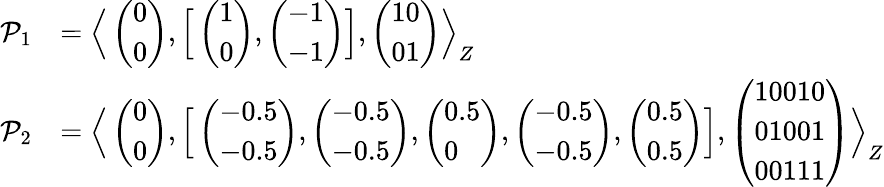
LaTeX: \begin{array}{rl}{\mathcal{P}_{1}}&{=\Big\langle\left(\begin{array}{l}{0}\\ {0}\end{array}\right),\Big[\left(\begin{array}{l}{1}\\ {0}\end{array}\right),\left(\begin{array}{l}{-1}\\ {-1}\end{array}\right)\Big],\left(\begin{array}{l}{10}\\ {01}\end{array}\right)\Big\rangle_{Z}}\\ {\mathcal{P}_{2}}&{=\Big\langle\left(\begin{array}{l}{0}\\ {0}\end{array}\right),\Big[\left(\begin{array}{l}{-0.5}\\ {-0.5}\end{array}\right),\left(\begin{array}{l}{-0.5}\\ {-0.5}\end{array}\right),\left(\begin{array}{l}{0.5}\\ {0}\end{array}\right),\left(\begin{array}{l}{-0.5}\\ {-0.5}\end{array}\right),\left(\begin{array}{l}{0.5}\\ {0.5}\end{array}\right)\Big],\left(\begin{array}{l}{10010}\\ {01001}\\ {00111}\end{array}\right)\Big\rangle_{Z}}\end{array}